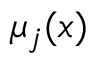
\mu _ { j } ( \boldsymbol { x } )